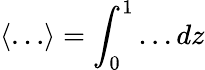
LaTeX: \langle\ldots\rangle=\int_{0}^{1}\ldots dz